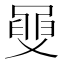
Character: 𦥼